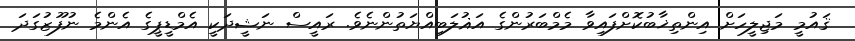
ޤައުމީ މަޖިލީހަށް އިންތިޚާބުކޮށްފައިވާ މެމްބަރުންގެ އަޣުލަބިއްޔަތުންނެވެ. ރައީސް ނަޝީދަކީ އެމްޑީޕީގެ އެންމެ ނުފޫޒުގަދަ